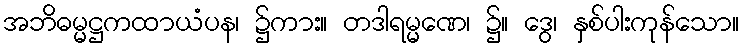
အဘိဓမ္မဋ္ဌကထာယံပန၊ ၌ကား။ တဒါရမ္မဏေ၊ ၌။ ဒွေ၊ နှစ်ပါးကုန်သော။